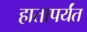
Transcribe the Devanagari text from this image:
हातापर्यंत